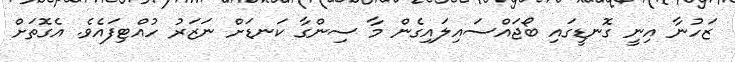
ޒަހުނާ އިނީ ގޮނޑީގައި ބޯޖައްސައިލައިގެން މާ ސިންގާ ކަނޑަށް ނަޒަރު ހުއްޓިފައެވެ. އެގޮތަށް